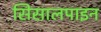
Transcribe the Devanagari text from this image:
सिसालपाइन